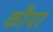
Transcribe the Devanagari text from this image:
कौयर